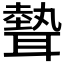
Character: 𦗙